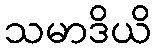
သမာဒိယိ